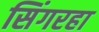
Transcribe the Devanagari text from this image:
सिंगरहा